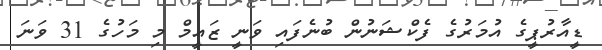
ޑީއާރުޕީގެ އުމަރުގެ ފެކްޝަނުން ބުނެފައި ވަނީ ޒައީމް މި މަހުގެ 31 ވަނަ